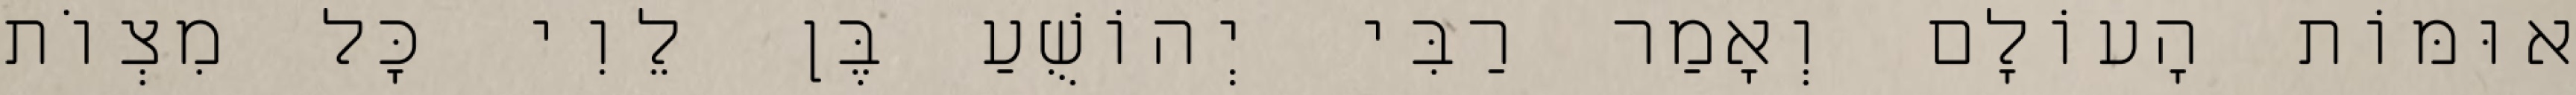
אוּמּוֹת הָעוֹלָם וְאָמַר רַבִּי יְהוֹשֻׁעַ בֶּן לֵוִי כׇּל מִצְוֹת